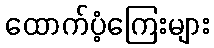
ထောက်ပံ့ကြေးများ